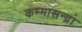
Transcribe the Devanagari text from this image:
कम्मासन्द्रा